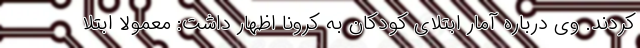
کردند. وی درباره آمار ابتلای کودکان به کرونا اظهار داشت: معمولاً ابتلا